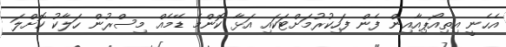
އެހެނީ އިތިއޯޕިއާއިން ފެން ފަހިކުރުމަށްޓަކައި އަޅާ ކޮންމެ ޑޭމެއް މިސްރުން ހަލާކު ކޮށްލަ